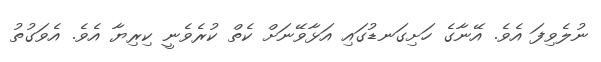
ނުލެވިފަ އެވެ. އޭނާގެ ހަށިގަނޑުގައި އަޅާވޭނަށް ކެތް ކުރެވެނީ ކިރިޔާ އެވެ. އެވަގުތު